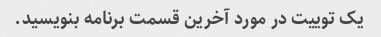
یک توییت در مورد آخرین قسمت برنامه بنویسید.